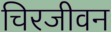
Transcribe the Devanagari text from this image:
चिरजीवन